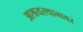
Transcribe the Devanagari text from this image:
आश्रयस्थानावर